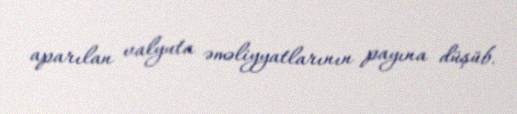
aparılan valyuta əməliyyatlarının payına düşüb.